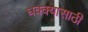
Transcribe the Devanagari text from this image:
धक्क्यासाठी